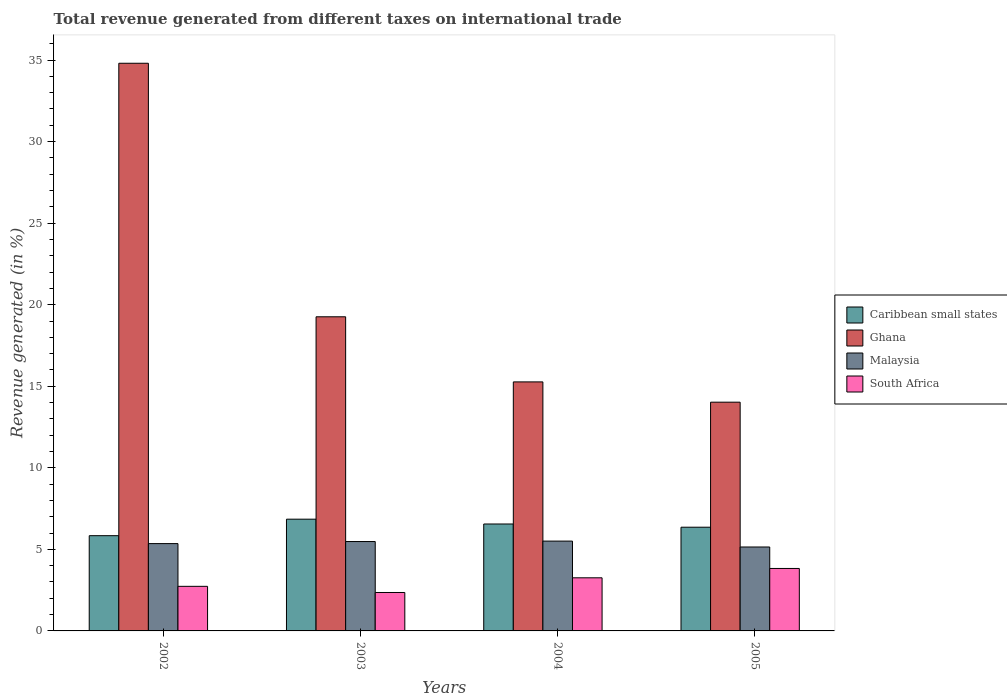
| Years | Caribbean small states | Ghana | Malaysia | South Africa |
 | --- | --- | --- | --- | --- |
 | 2002 | 5.84 | 34.8 | 5.35 | 2.73 |
 | 2003 | 6.85 | 19.3 | 5.48 | 2.36 |
 | 2004 | 6.56 | 15.3 | 5.51 | 3.26 |
 | 2005 | 6.36 | 14 | 5.15 | 3.83 |